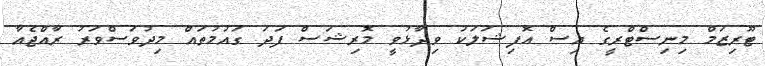
ޓޫރިޒަމް މިނިސްޓްރީގެ އިސް އޮފިޝަލަކު ވިދާޅުވީ މޮރިޝަސް ފަދަ ގައުމުތައް މިދުވަސްވަރު ރާއްޖެއާ